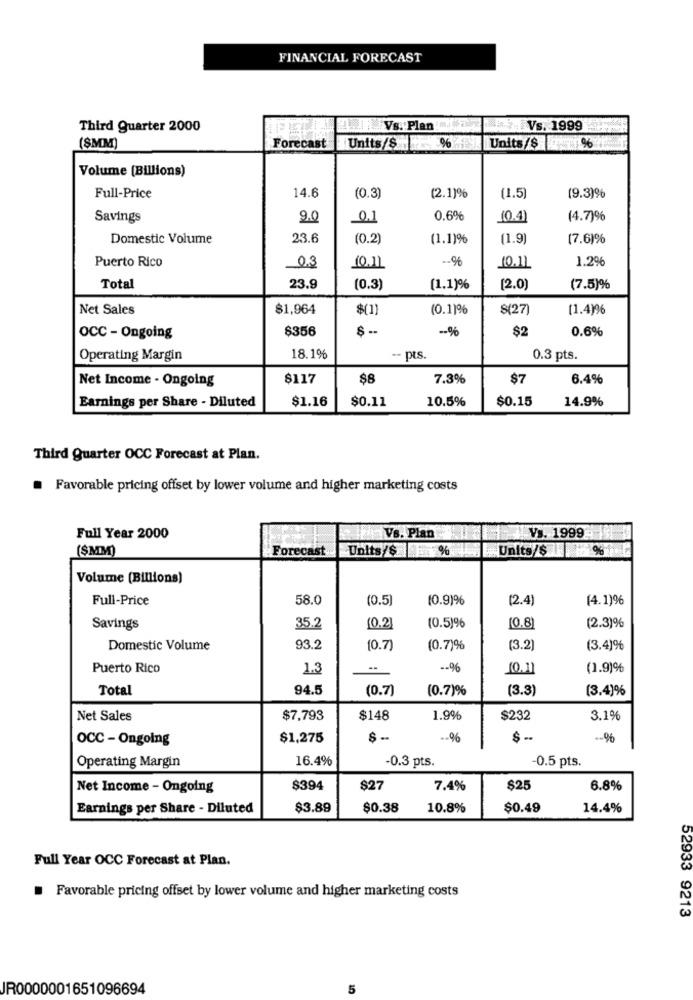
FINANCIAL FORECAST
Third Quarter 2000
Vs. Plan :.
Vs. 1999
(SMM)
Forecast
Units/$%
Units/$
Volume (Billions)
Full-Price
14.6
(0.3)
(2.1)%
(1.5)
(9.3)%
Savings
9.0
0.1
0.6%
(0.4)
(4.7)6
Domestic Volume
23.6
(0.2)
(1.1)%
(1.9)
(7.6)%
Puerto Rico
0.3
-- %
1.29%
10.11
(0.1)
Total
23.9
(0.3)
(1.1)%
[2.0)
(7.5)%
Net Sales
$1,964
$(1)
(0.1)%
$(27)
[1.4)96
$356
-- %
$2
0.6%
OCC - Ongoing
Operating Margin
18.1%
-- pts.
0.3 pts.
Net Income - Ongoing
$117
$8
7.3%
$7
6.4%
$1.16
$0.11
10.5%
$0.15
14.9%
Earnings per Share - Diluted
Third Quarter OCC Forecast at Plan.
Favorable pricing offset by lower volume and higher marketing costs
Full Year 2000
Vs. Plan
Vs. 1999
($MM)
Forecast
Units/$ %
Units/$ %
Volume (Billions)
Full-Price
58.0
(0.5)
(0.9)%
(2.4)
(4.1)6
(0.5)%
(2.3)%
Savings
35.2
(0.2]
(0.8)
Domestic Volume
93.2
10.7)
(0.7)%
(3.2)
(3.4)%
Puerto Rico
1.3
-- 96
10.11
(1.9)%
Total
94.5
(0.7)
(0.7)%
(3.3)
(3.4)%
Net Sales
$7,793
$148
1.9%
$232
3.1%
OCC - Ongoing
$1,275
-- 96
Operating Margin
16.4%
-0.3 pts.
-0.5 pts.
Net Income - Ongoing
$394
$27
7.4%
$25
6.8%
Earnings per Share - Diluted
$3.89
$0.38
10.8%
$0.49
14.4%
Full Year OCC Forecast at Plan.
Favorable pricing offset by lower volume and higher marketing costs
52933 9213
JR0000001651096694
5